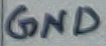
Text: GND